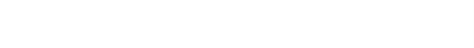
(ပေ-၆၁၇) တု၊ ကျစေသတည်း။ ဣတိ၊ သို့။ အာကာသေ၊ ကောင်းကင်၌။